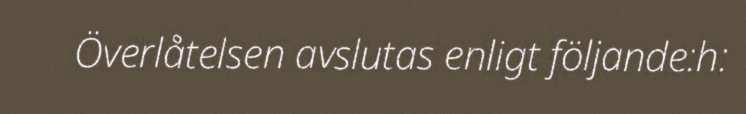
Överlåtelsen avslutas enligt följande:h: